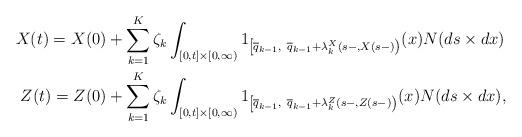
LaTeX: \begin{align*}X(t) = X(0) + \sum_{k=1}^K \zeta_k & \int_{[0,t]\times[0,\infty)} 1_{\left[ \overline q_{k-1},\ \overline q_{k-1}+ \lambda_k^X(s-,X(s-) \right)}(x) N(ds\times dx) \\Z(t)= Z(0) + \sum_{k=1}^K \zeta_k & \int_{[0,t]\times[0,\infty)} 1_{\left[ \overline q_{k-1},\ \overline q_{k-1}+ \lambda_k^Z(s-,Z(s-) \right)}(x) N(ds\times dx), \end{align*}